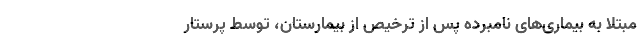
مبتلا به بیماری‌های نامبرده پس از ترخیص از بیمارستان، توسط پرستار